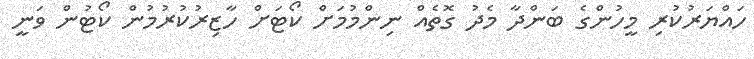
ހައްޔަރުކުރި މީހުންގެ ބަންދާ މެދު ގޮތެއް ނިންމުމަށް ކޯޓަށް ހާޒިރުކުރުމުން ކޯޓުން ވަނީ